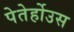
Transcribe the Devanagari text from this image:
पेतेर्होउस